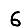
Digit: 6